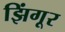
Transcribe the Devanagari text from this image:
झिंगूर